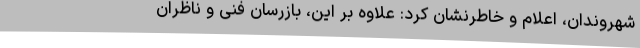
شهروندان، اعلام و خاطرنشان کرد: علاوه بر این، بازرسان فنی و ناظران